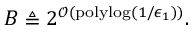
B \triangleq 2 ^ { \mathcal { O } ( \mathrm { p o l y l o g } ( 1 / \epsilon _ { 1 } ) ) } .